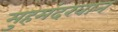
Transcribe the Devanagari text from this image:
मुहमंदखान